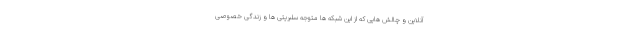
آنلاین و چالش هایی که از این شبکه ها متوجه سلبریتی ها و زندگی خصوصی